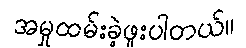
အမှုထမ်းခဲ့ဖူးပါတယ်။